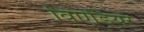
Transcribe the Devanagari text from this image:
विएंडियर